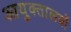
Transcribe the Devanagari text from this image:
आयुक्‍तालयों